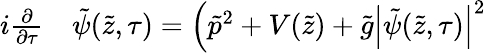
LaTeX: \begin{array}{rl}{i\frac{\partial}{\partial\tau}}&{{}\tilde{\psi}(\tilde{z},\tau)=\Bigl(\tilde{p}^{2}+V(\tilde{z})+\tilde{g}\left|\tilde{\psi}(\tilde{z},\tau)\right|^{2}}\end{array}